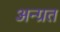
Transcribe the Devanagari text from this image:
अन्ग्रत